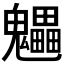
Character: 𩴼